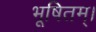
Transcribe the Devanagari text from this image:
भूषितम्।